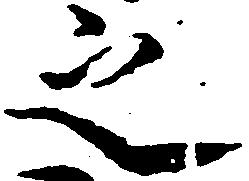
之